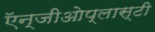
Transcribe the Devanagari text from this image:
ऍन्जीओेप्लास्टी